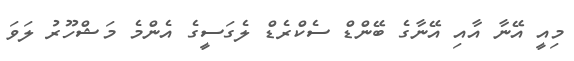
މިއީ އޭނާ އާއި އޭނާގެ ބޭންޑް ސެކްރެޑް ލެގަސީގެ އެންމެ މަޝްހޫރު ލަވަ